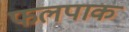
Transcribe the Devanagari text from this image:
फलपाक